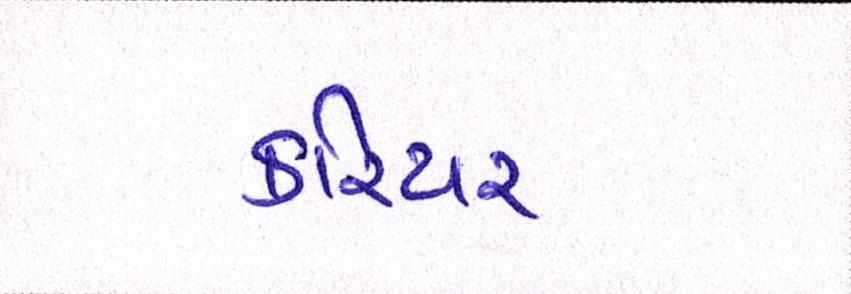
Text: કરિયર